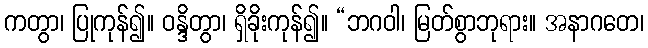
ကတွာ၊ ပြုကုန်၍။ ဝန္ဒိတွာ၊ ရှိခိုးကုန်၍။ “ဘဂဝါ၊ မြတ်စွာဘုရား။ အနာဂတေ၊